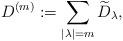
LaTeX: \begin{align*}D^{(m)}:=\sum_{|\lambda|=m}\widetilde D_\lambda,\end{align*}